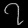
Digit: ၇